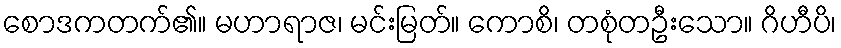
စောဒကတက်၏။ မဟာရာဇ၊ မင်းမြတ်။ ကောစိ၊ တစုံတဦးသော။ ဂိဟီပိ၊